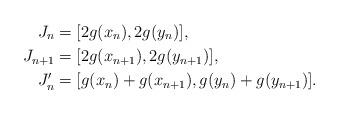
LaTeX: \begin{align*} J_n & = [2g(x_n), 2g(y_n)],\\ J_{n+1} & = [2g(x_{n+1}), 2g(y_{n+1})],\\ J_n' & = [g(x_n)+g(x_{n+1}), g(y_n) + g(y_{n+1})].\end{align*}